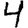
Digit: 4